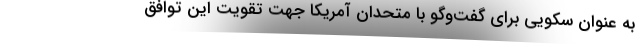
به عنوان سکویی برای گفت‌وگو با متحدان آمریکا جهت تقویت این توافق